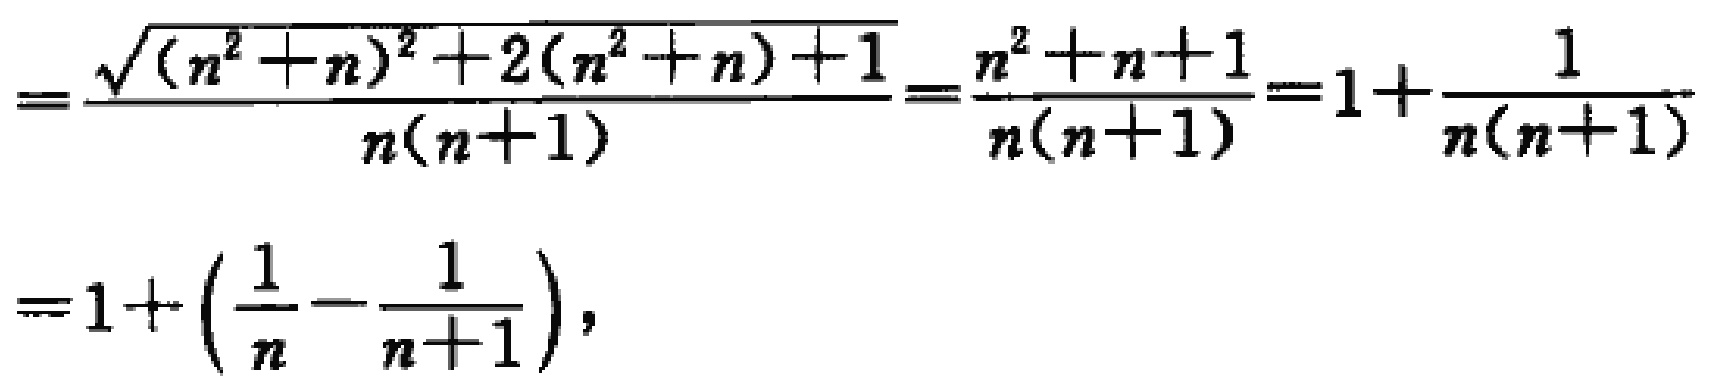
\[
\begin{align*}
&=\frac{\sqrt{(n^{2}+n)^{2}+2(n^{2}+n)+1}}{n(n + 1)}=\frac{n^{2}+n + 1}{n(n + 1)}=1+\frac{1}{n(n + 1)}\\
&=1+\left(\frac{1}{n}-\frac{1}{n + 1}\right),
\end{align*}
\]